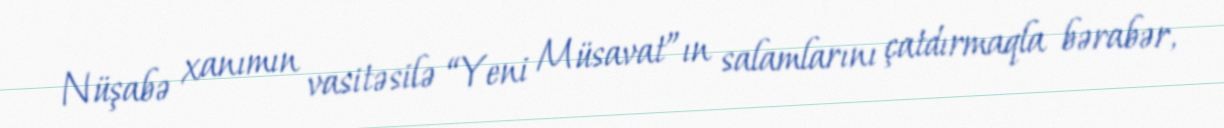
Nüşabə xanımın vasitəsilə “Yeni Müsavat”ın salamlarını çatdırmaqla bərabər,